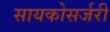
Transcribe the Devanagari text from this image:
सायकोसर्जरी